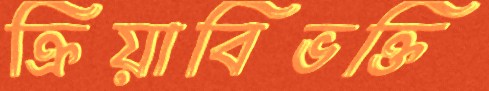
ক্রিয়াবিভক্তি